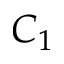
C _ { 1 }